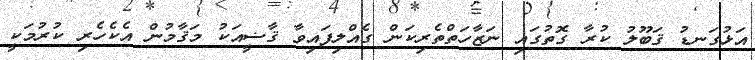
އަޅުގަނޑު ޤަބޫލު ކުރާ ގޮތުގައި ނަޒާހަތްތެރިކަން ގެއްލިފައިވާ ޤާޟީއަކު މަޤާމުން އެކެހެރި ކުރުމަކީ